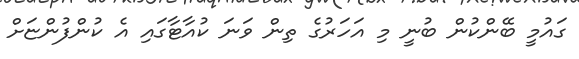
ގައުމީ ބޭންކުން ބުނީ މި އަހަރުގެ ތިން ވަނަ ކުއާޓާގައި އެ ކުންފުންޏަށް